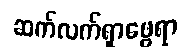
ဆက်လက်ရှာဖွေရာ